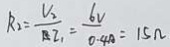
R _ { 2 } = \frac { V _ { 2 } } { B z _ { 1 } } = \frac { 6 v } { 0 . 4 A } = 1 5 n